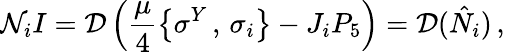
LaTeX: {\cal N}_{i}I={\cal D}\left(\frac{\mu}{4}\left\{ \sigma^{Y}\, ,\, \sigma_{i}\right\} -J_{i}P_{5}\right)={\cal D}(\hat{N}_{i})\, ,